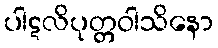
ပါဋလိပုတ္တဝါသိနော